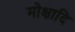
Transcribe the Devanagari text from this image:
मोक्षादि